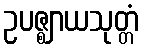
ဥပဇ္ဈာယသုတ္တံ